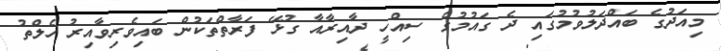
މިއަދުގެ ބައްދަލުވުމުގައި ދެ ގައުމުގެ ސިއްހީ ދާއިރާއާ ގުޅޭ ފަރާތްތަކުން ބައިވެރިވާއިރު ހެލްތު